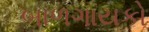
બાળગાયકો